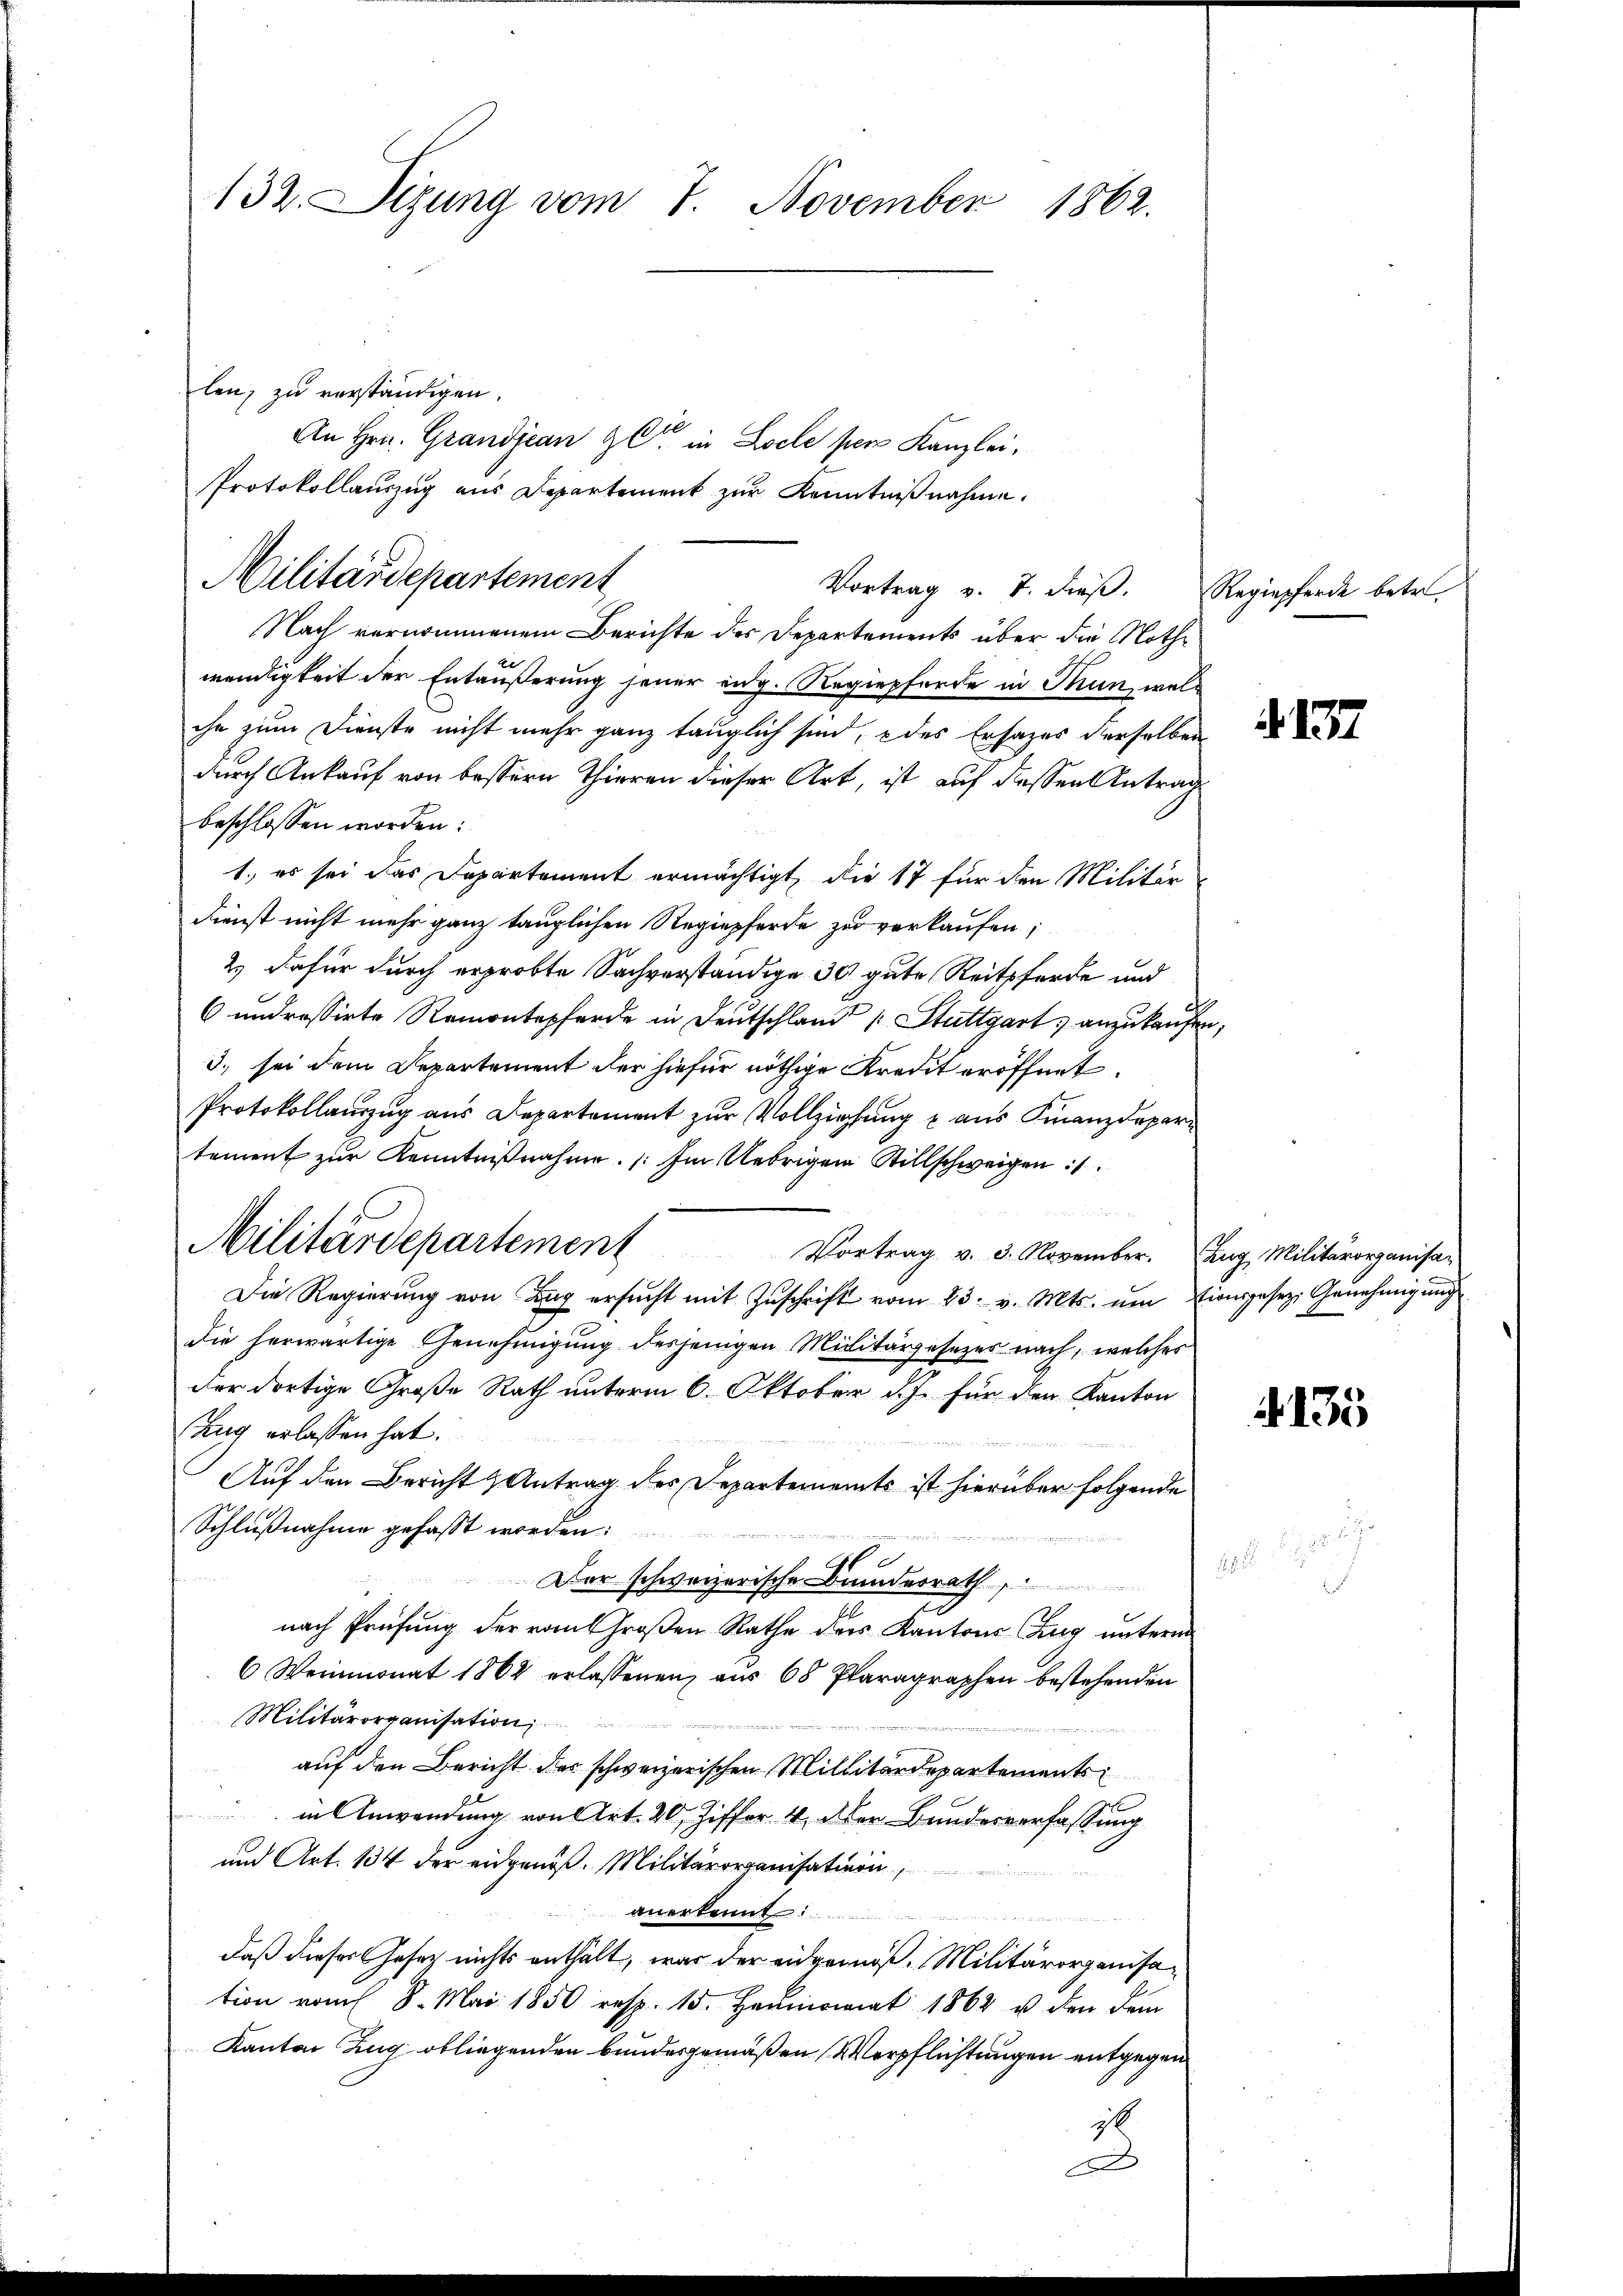
132. Sizung vom 7. November 1862.

len, zu verständigen.
200
An Hrn. Grandjean Gl. in Locle per Kanzlei¬
Protokollauszug aus Departement zŭr Kenntniβnahme.
Vortrag v. 7. dieß.
Nach vernommenem Berichte des Departements über die Nothwendigkeit der Entäußerung jener eidg. Regiepferde in Thun, welche zum Dienste nicht mehr ganz tauglich sind, des Ersatzes derselben
durch Ankauf von bessern Thieren dieser Art, ist auf dessen Antrag
beschlossen worden:
1.) es sei das Departement ermächtigt, die 17 für den Militär
Dienst nicht mehr ganz tauglichen Regiepferde zu verkaufen;
2.) Dafür durch erprobte Sachverständige 30 gute Reitpferde und
6 undressirte Remontapferde in Deutschland Stuttgart, anzukaufen,
3) sei dem Departement der hiefür nöthige Kredit eröffnet.
Protokollauszug aus Departement zur Vollziehung u aus Finanzdepartement zur Kenntnißnahme. Im Uebrigen Stillschweigen

Militärdepartement Vortrag v. 3. November. Aug, Militärorganisa-
Die Regierŭng von Zug ersŭcht mit Zŭschrift vom 23. v. Mts. um Eingesez. Genehmigung
die herwärtige Genehmigung desjenigen Militärgesezes nach, welches
der dortige Große Rath unterm 6. Oktober d. J. für den Kanton
Zug erlassen hat.
Auf den Bericht & Antrag des Departements ist hierüber folgende
Schlußnahme gefasst worden.
.
sch
¬
Der schweizerische Bundesrath
e
nach Prüfung der vom Großen Rathe der Kantons Zug unterm
6 Weinmonat 1862 erlassenen, aus 68 Paragraphen bestehenden
Militärorganisation
auf den Bericht des schweizerischen Millitärdepartements
in Anwendung von Art. 20, Ziffer 4. Der Bundesverfassung
und Art. 134 der eidgenöß. Militärorganisation,
anerkennt:
daß dieses Gesetz nichts enthält, was der eidgemäß, Militärorganisation vom 8. Mai 1850 resp. 15. Heumonat 1862 u. den dem
Kanton Zug obliegenden bundesgemäßen Verpflichtungen entgegen
i
un

Militärdepartement

Regiepferde betr.

.137

. 135